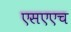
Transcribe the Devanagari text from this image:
एसएएच